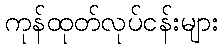
ကုန်ထုတ်လုပ်ငန်းများ